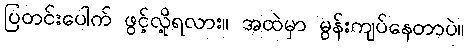
ပြတင်းပေါက် ဖွင့်လို့ရလား။ အထဲမှာ မွန်းကျပ်နေတာပဲ။